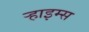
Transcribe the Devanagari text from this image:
ऱ्हाइम्स